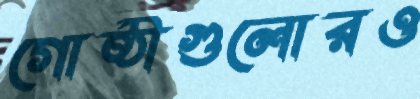
গোষ্ঠীগুলোরও